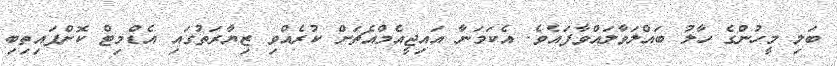
ބަލި މީހުންގެ ހާލު ބައްލަވާލައްވާފައެވެ. އެކަމަނާ އައިޖީއެމްއެޗަށް ކުރެއްވި ޒިޔާރަތުގައި އެޑްމިޓް ކޮށްފައިތިބި